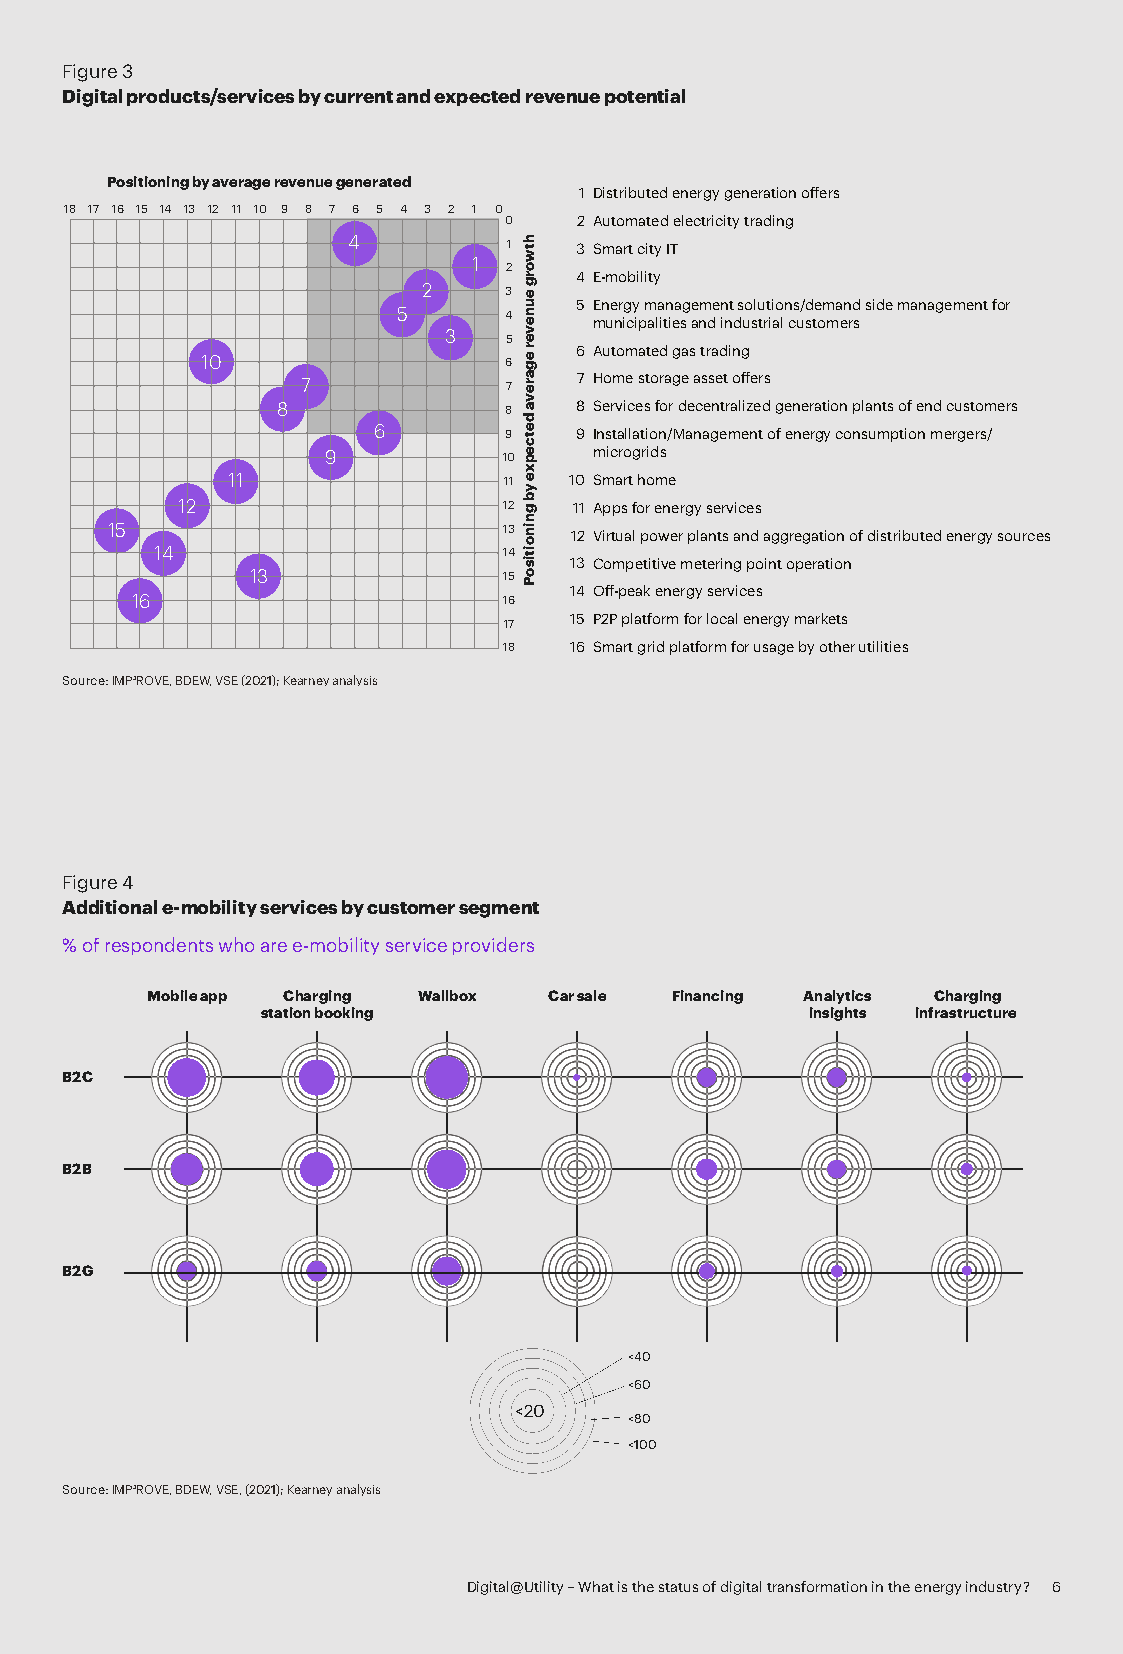
Figure 3
 Digital products/services by current and expected revenue potential
 Positioning by average revenue generated
 1 Distributed energy generation offers
 18 17 16 15 14 13 12 11 10 9 8 7 6 5 4 3 2 1 0
 0    2 Automated electricity trading
 4          1   3 Smart city IT
 1 2
 4 E-mobility
 2    3
 5 Energy management solutions/demand side management for
 5      4
 municipalities and industrial customers
 3   5
 6 Automated gas trading
 10                  6
 7            7    7 Home storage asset offers
 8              8    8 Services for decentralized generation plants of end customers
 6       9    9 Installation/Management of energy consumption mergers/
 9          10    microgrids
 11                11   10 Smart home
 12                   12   11 Apps for energy services
 15                        13   12 Virtual power plants and aggregation of distributed energy sources
 14                     14
 13 Competitive metering point operation
 13              15
 14 Off-peak energy services
 16                      16
 17   15 P2P platform for local energy markets
 18   16 Smart grid platform for usage by other utilities
 Source: IMP³ROVE, BDEW, VSE (2021); Kearney analysis
 Figure 4
 Additional e-mobility services by customer segment
 % of respondents who are e-mobility service providers
 Mobile app Charging Wallbox Car sale Financing Analytics Charging
 station booking                     insights infrastructure
 B2C
 B2B
 B2G
 <40
 <60
 <20
 <80
 <100
 Source: IMP³ROVE, BDEW, VSE, (2021); Kearney analysis
 Digital@Utility – What is the status of digital transformation in the energy industry? 6
 htworg
 eunever
 egareva
 detcepxe
 yb
 gninoitisoP